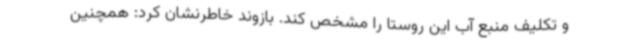
و تکلیف منبع آب این روستا را مشخص کند. بازوند خاطرنشان کرد: همچنین